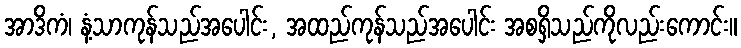
အာဒိကံ၊ နံ့သာကုန်သည်အပေါင်း, အထည်ကုန်သည်အပေါင်း အစရှိသည်ကိုလည်းကောင်း။